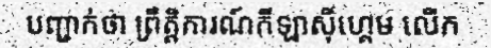
បញ្ជាក់ថា ព្រឹត្តិការណ៍កីឡាស៊ីហ្គេម លើក